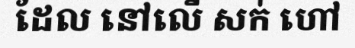
ដែល នៅលើ សក់ ហៅ